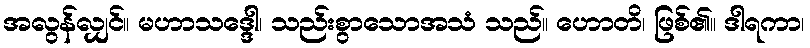
အလွန်လျှင်။ မဟာသဒ္ဒေါ၊ သည်းစွာသောအသံ သည်။ ဟောတိ၊ ဖြစ်၏။ ဒါရကာ၊